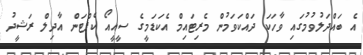
އެ ބައްދަލުވުމުގައި ވާހަކަ ދައްކަވަމުން މެރިޓައިމް އެކަޑަމީގެ ސީއީއޯ ކެޕްޓަން އާދިލް ރަޝީދު